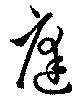
庭